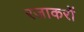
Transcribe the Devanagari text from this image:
रजाकरों